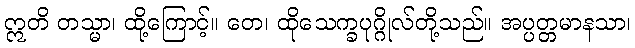
ဣတိ တသ္မာ၊ ထို့ကြောင့်။ တေ၊ ထိုသေက္ခပုဂ္ဂိုလ်တို့သည်။ အပ္ပတ္တမာနသာ၊